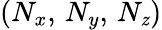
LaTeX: (N_{x},\, N_{y},\, N_{\mathit{z}})